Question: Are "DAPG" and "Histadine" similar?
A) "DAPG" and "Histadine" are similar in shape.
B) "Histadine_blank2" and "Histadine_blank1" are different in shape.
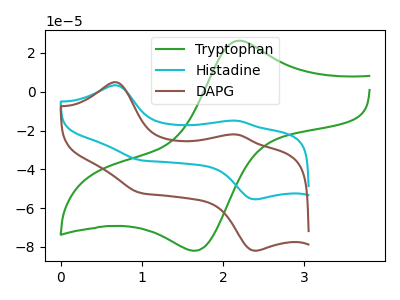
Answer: <think>The green curve "Tryptophan" has an anodic peak at (2.20V, 26.25uA) and a cathodic peak at (1.65V, -82.00uA). The cyan curve "Histadine" has anodic peaks at (0.65V, 3.35uA) (2.20V, -14.95uA) and cathodic peaks at (1.00V, -35.35uA) (2.40V, -55.50uA). The brown curve "DAPG" has anodic peaks at (0.65V, 4.95uA) (2.20V, -22.10uA) and cathodic peaks at (1.00V, -52.25uA) (2.40V, -82.00uA).
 All the peaks in "DAPG" have a peak in "Histadine" at the same potential.</think>
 <answer>A) "DAPG" and "Histadine" are similar in shape.</answer>
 <eval>A</eval>